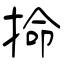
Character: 掵